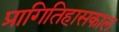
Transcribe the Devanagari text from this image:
प्रागितिहासकाल